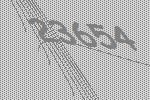
23654